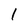
Character: 1